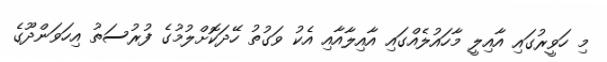
މި ހަވީރުގައި އާއިލީ މާހައުލެއްގައި އާއިލާއާއި އެކު ވަގުތު ހޭދަކޮށްލުމުގެ ފުރުސަތު އިހަވަންދޫގެ